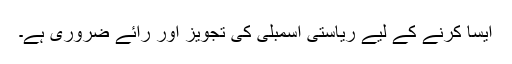
ایسا کرنے کے لیے ریاستی اسمبلی کی تجویز اور رائے ضروری ہے۔